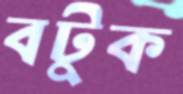
বটুক